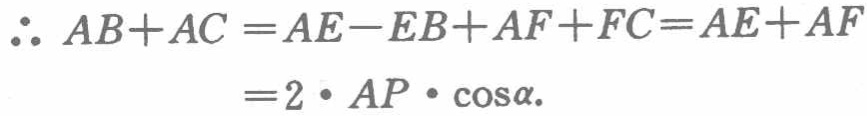
\[\begin{align*}
\therefore AB + AC&=AE - EB+AF + FC=AE + AF\\
&=2\cdot AP\cdot\cos\alpha.
\end{align*}\]